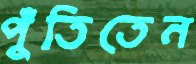
পুঁতিতেন